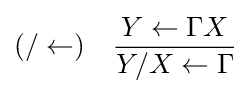
(/\leftarrow )\quad {Y\leftarrow \Gamma X \over Y/X\leftarrow \Gamma }